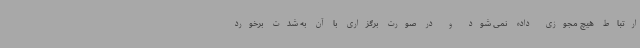
ارتباط هیچ مجوزی داده نمی شود و در صورت برگزاری با آن به شدت برخورد